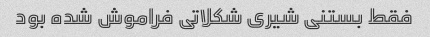
فقط بستنی شیری شکلاتی فراموش شده بود